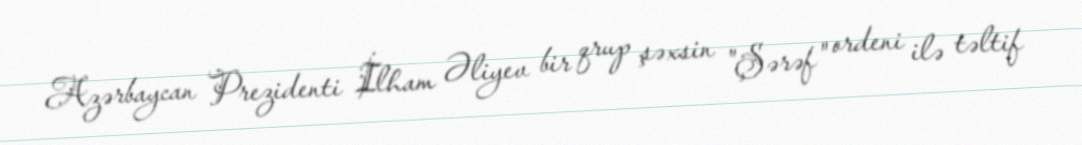
Azərbaycan Prezidenti İlham Əliyev bir qrup şəxsin "Şərəf" ordeni ilə təltif